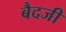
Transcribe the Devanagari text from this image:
बैदजी